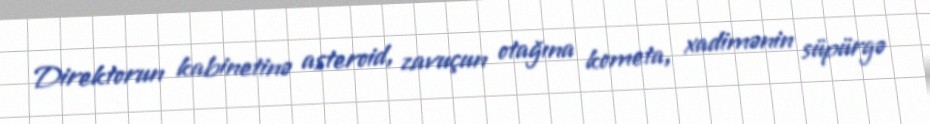
Direktorun kabinetinə asteroid, zavuçun otağına kometa, xadimənin süpürgə